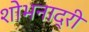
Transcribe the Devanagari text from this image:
शोभनाद्री